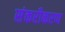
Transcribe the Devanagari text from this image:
संकरीकरण